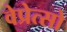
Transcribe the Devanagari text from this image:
वेप्रेत्सो